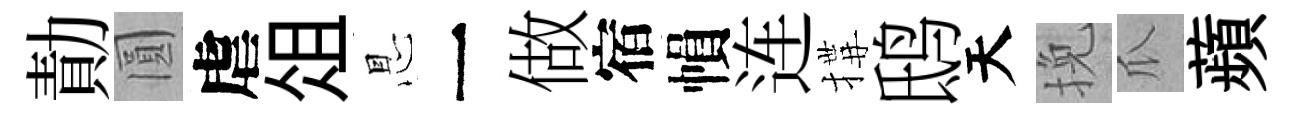
勣圓虐俎㤙一做宿𢄙连搆鸱天挽瓜蘋